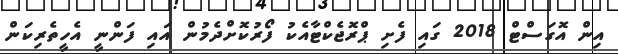
އިން އޮގަސްޓް 2018 ގައި ފެށި ޕްރޮޖެކްޓާއެކު ފޯރުކޮށްދެމުން އައި ފަންނީ އެހީތެރިކަން